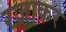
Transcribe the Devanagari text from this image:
रजाकर